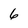
Character: 6